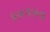
ધબકારના